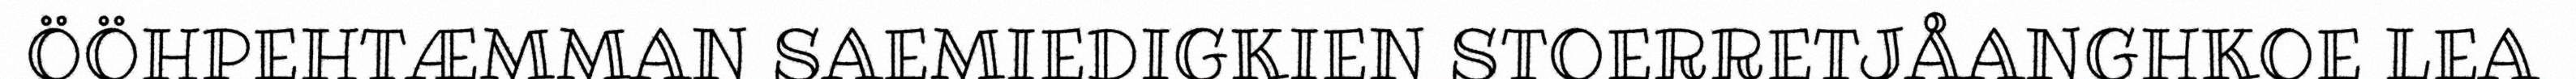
ÖÖHPEHTÆMMAN SAEMIEDIGKIEN STOERRETJÅANGHKOE LEA